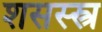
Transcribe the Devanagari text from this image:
शसस्स्त्र